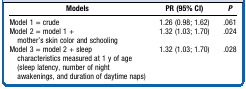
| Models | PR (95% CI) | P |
 | --- | --- | --- |
 | Model 1 = crude | 1.26 (0.98; 1.62) | .061 |
 | Model 2 = model 1 + mother's skin color and schooling | 1.32 (1.03; 1.70) | .024 |
 | Model 3 = model 2 + sleep characteristics measured at 1 y of age (sleep latency, number of night awakenings, and duration of daytime naps) | 1.32 (1.03; 1.70) | .028 |